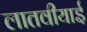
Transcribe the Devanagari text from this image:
लातवीयाई